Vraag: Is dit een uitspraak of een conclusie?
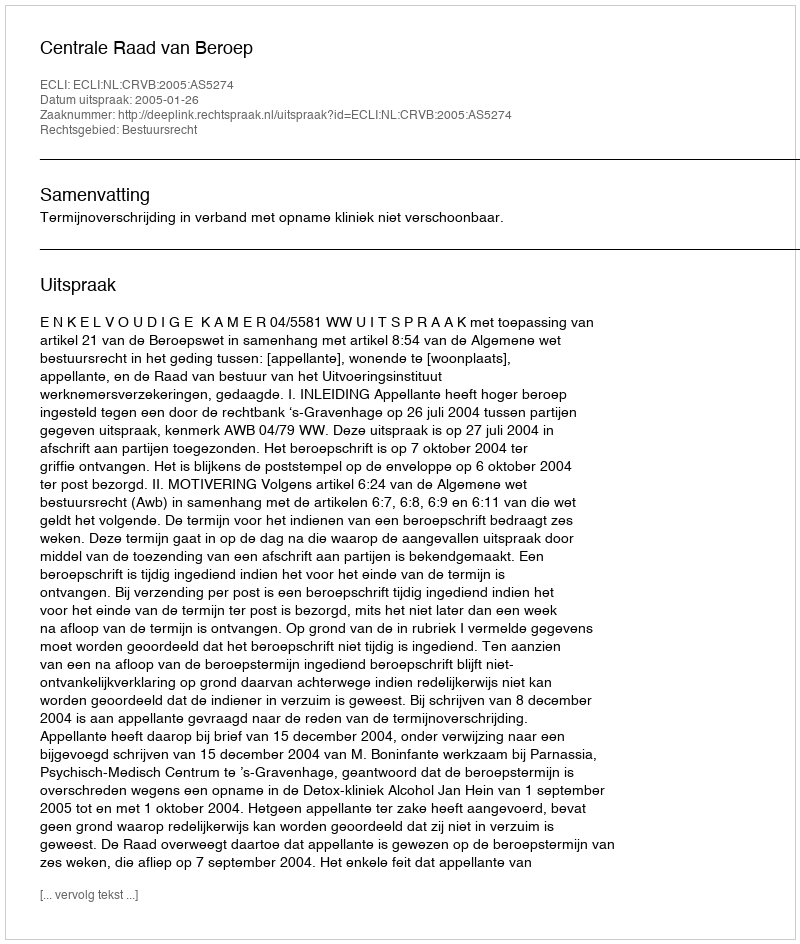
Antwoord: Uitspraak